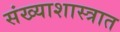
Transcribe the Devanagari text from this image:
संख्याशास्त्रात